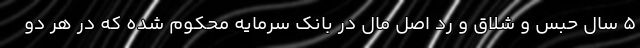
۵ سال حبس و شلاق و رد اصل مال در بانک سرمایه محکوم شده که در هر دو